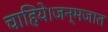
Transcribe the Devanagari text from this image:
चाहिये।जन्मजात